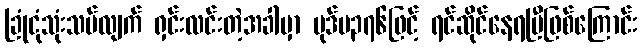
ခြုံငုံသုံးသပ်လျက် ရှင်းလင်းတဲ့အခါမှာ ပုဒ်မ၃၇၆ဖြင့် ရင်ဆိုင်နေရပြီဖြစ်ကြောင်း